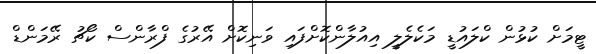
ޓީމަށް ކުޅުން ކްލައުޑީ މަކެލެލީ އިއުލާންކޮށްފައި ވަނިކޮށް އޭރުގެ ފްރާންސް ކޯޗު ރޭމަންޑް